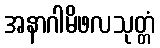
အနာဂါမိဖလသုတ္တံ